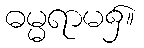
ဓမ္မရာမ၌။